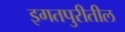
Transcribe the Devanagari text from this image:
इगतपुरीतील